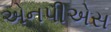
એનપીએસ